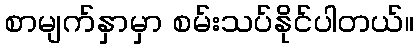
စာမျက်နှာမှာ စမ်းသပ်နိုင်ပါတယ်။